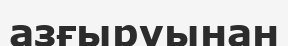
азғыруынан